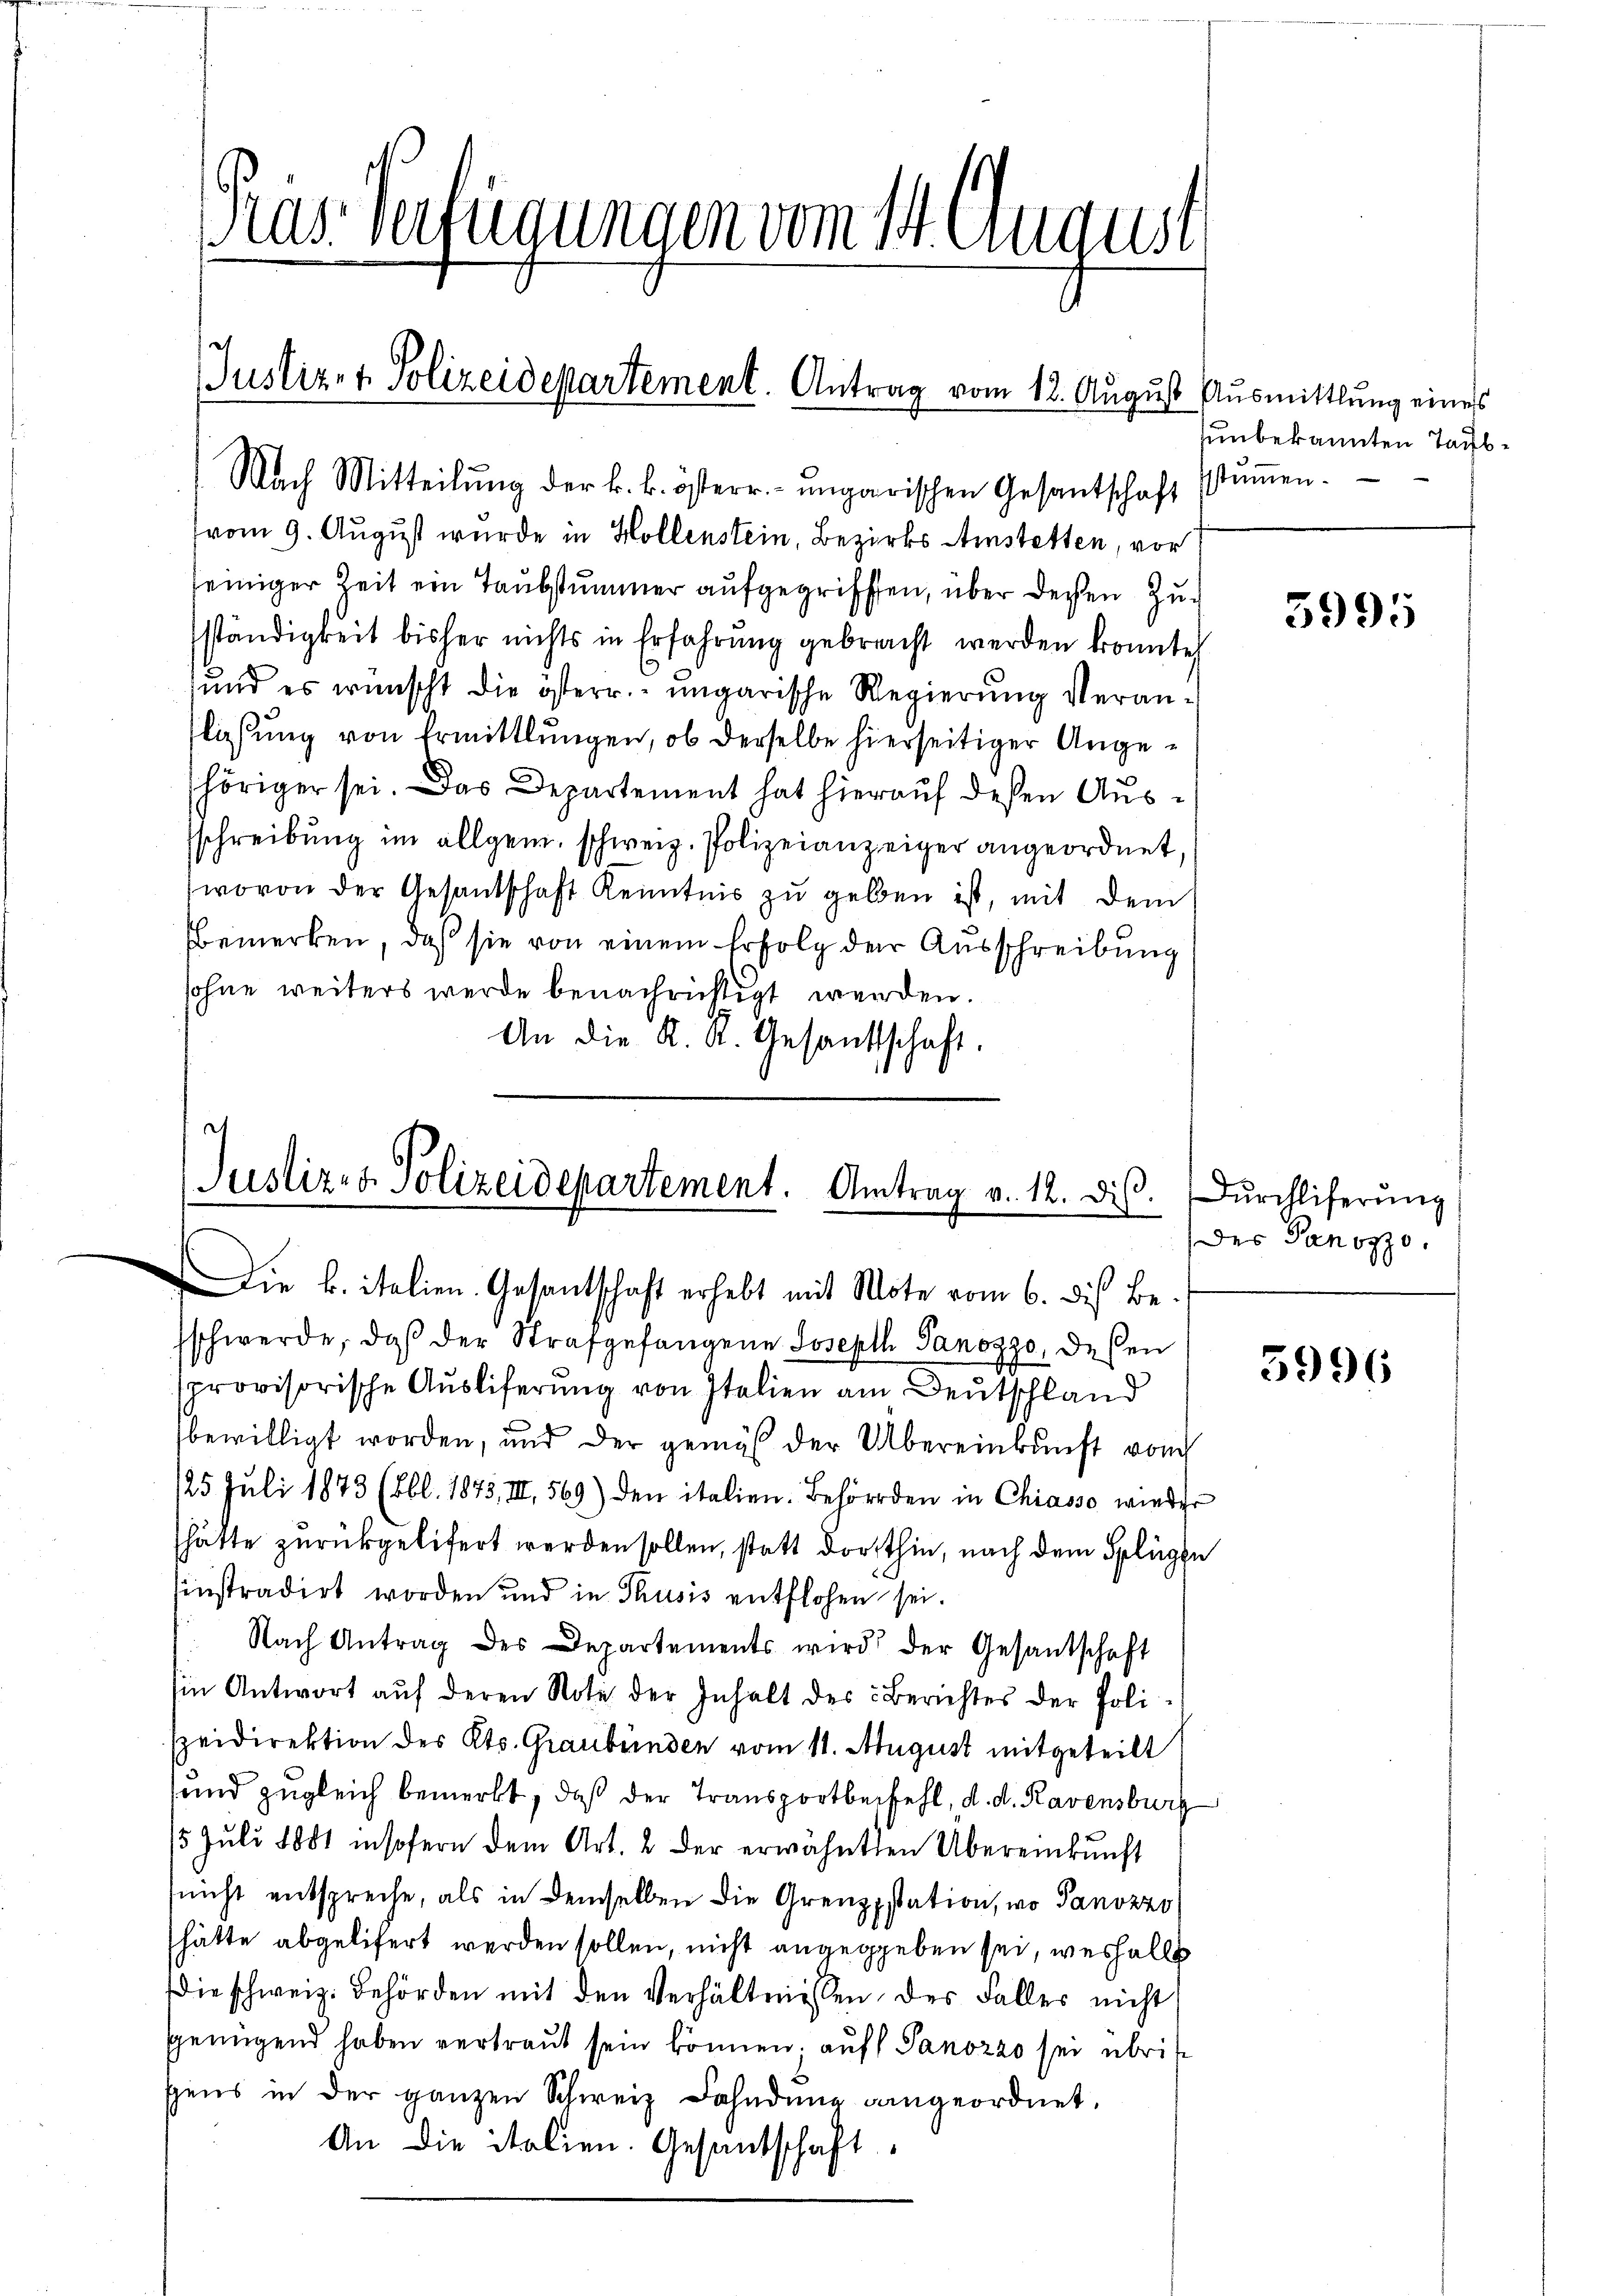
Pras Verfügungen vom 14. August

Justiz- & Polizeidepartement. Antrag vom 12. August Ausmittlung eines
Nach Mitteilŭng der k. k. österr. ungarischen Gesantschaft stŭṁen.

vom 9. August wurde in Hollenstein, Bezirks Amstetten, vor
seiniger Zeit ein Taubstummer aufgegriffen, über deren Zuständigkeit bisher nichts in Erfahrung gebracht werden konnte
und es wünscht die österr. ungarische Regierung veranlichung von Ermittlungen, ob derselbe hierseitiger Angehöriger sei. Das Departement hat hierauf dessen Aussschreibung im allgem. schweiz. Polizeianzeiger angeordnet,
(wovon der Gesandschaft Kenntnis zŭ geben ist, mit dem
bemerken, daß sie von einem Erfolg der Ausschreibung
sohne weiters werde benachrichtigt werden.
An die K. A. Gesandtschaft.

Justiz- & Polizeidepartement. Antrag v. 12. dis.
Die k. italien. Gesantschaft erhebt mit Mote vom 6. dis Be

schwerde, daß der Strafgefangene Joseph Panozzo, deßen
sprovisorische Ausliferung von Italien am Deutschland
bewilligt worden, und der gemäß der Übereinkunft vom
125 Juli 1873 (obl. 1873, III 569) den italien. Behörden in Chiasso wieder
hätte zurückgeliefert werden sollen, statt dorthin, nach dem Splügen
hinstradirt worden und in Thusis entflohen sei.
Nach Antrag des Departements wird der Gesandschaft
sin Antwort aŭf deren Note der Inhalt des Berichtes der Polispeidirektion des Kts. Graubünden vom 11. August mitgeteilt
und zugleich bemerkt, daß der Transportbefehl, d. d. Ravensburg
15. Jŭli 1881 insofern dem Art. 2 der erwähnten Übereinkunft
nicht entspreche, als in demselben die Grenzpstation, wo Panozzo
hätte abgelifert werden sollen, nicht angegeben sei, weshalb
die schweiz. Behörden mit den Verhältnissen des Faller nicht
genügend haben vertraut sein können; auf Sanozzo sei übrispens in der ganzen Schweiz Dahndung dangeordnet,
An die italien. Gesandschaft

unbekannten Tags¬

5995

Dŭrchliferung
des Panozzo.

3996